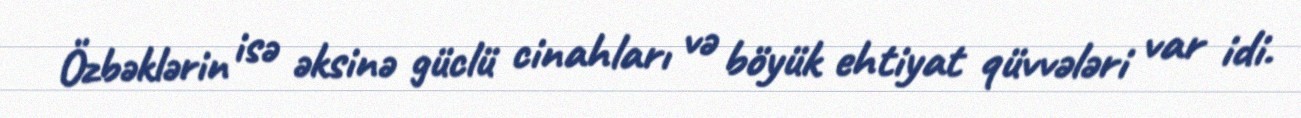
Özbəklərin isə əksinə güclü cinahları və böyük ehtiyat qüvvələri var idi.